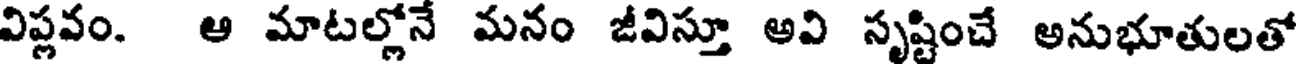
విప్లవం. ఆ మాటల్లోనే మనం జీవిస్తూ అవి సృష్టించే అనుభూతులతో